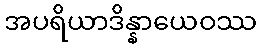
အပရိယာဒိန္နာယေဝဿ